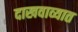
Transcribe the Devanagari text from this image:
दाखवाव्यात